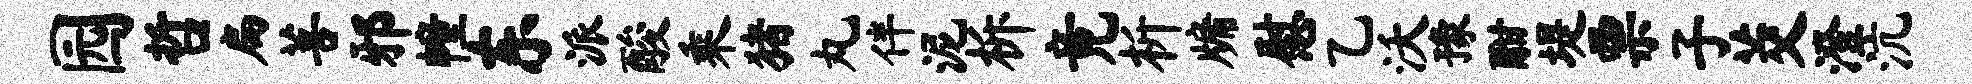
园哲扁菩邪幢东派酸乘猪丸伴泥柝竟析牖慰乙沃豫酣堤票子茭澄沆